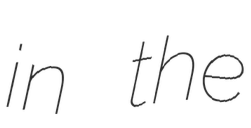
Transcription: in the